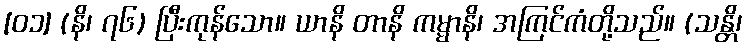
[၀၁] (နိ၊ ၇၆) ပြီးကုန်သော။ ယာနိ တာနိ ကမ္မာနိ၊ အကြင်ကံတို့သည်။ (သန္တိ၊